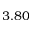
3 . 8 0